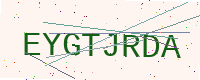
Text: EYGTJRDA